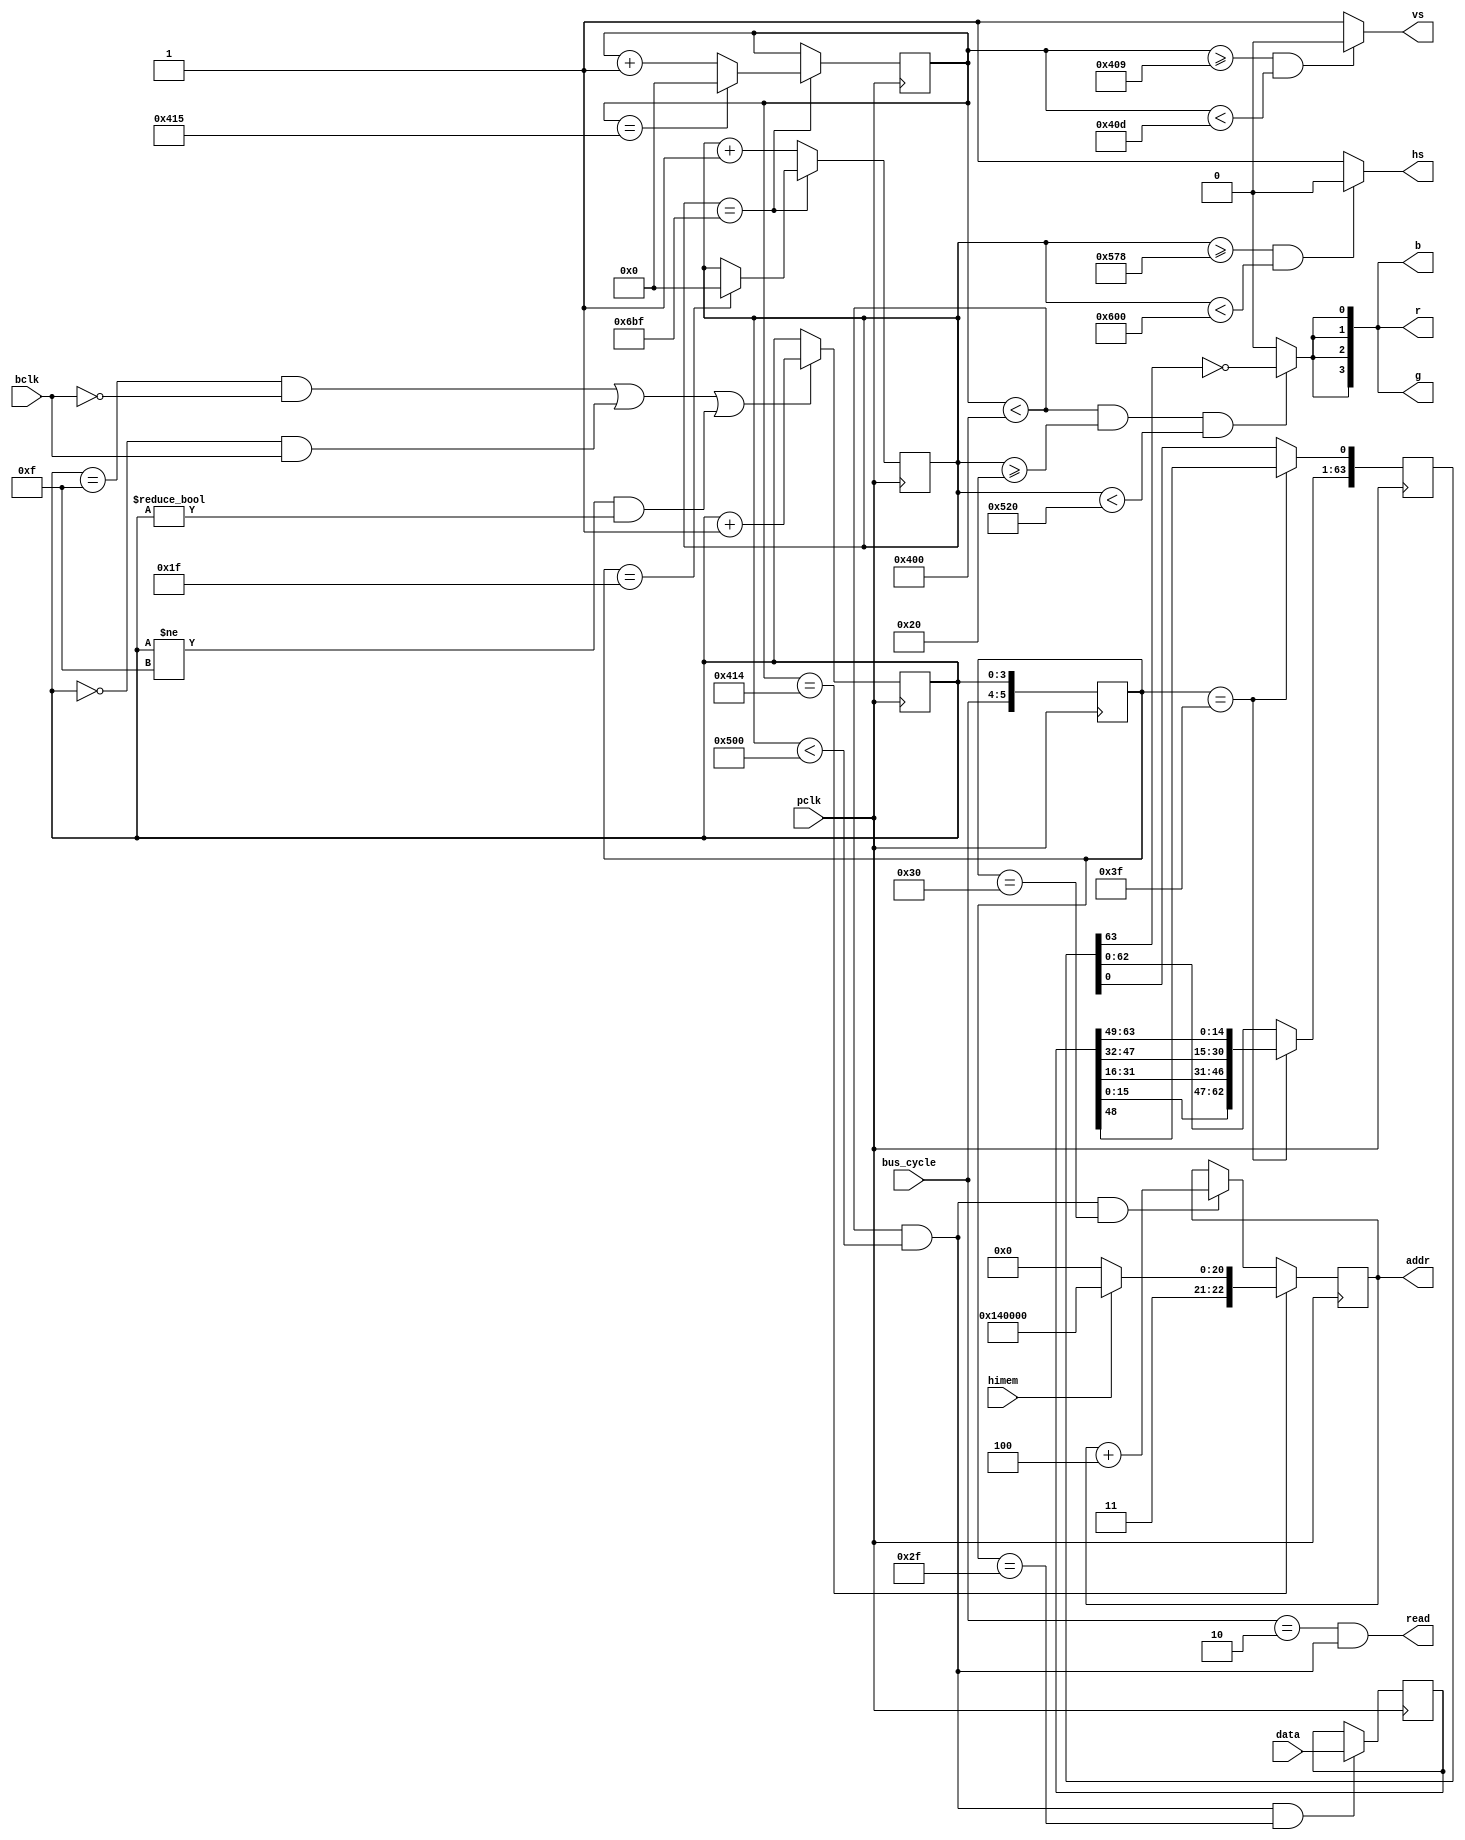
module viking (
	   input 				pclk,     	// 128 MHz pixel clock

		// memory interface
		input 				himem,      // use memory behind rom
	   input 				bclk,     	// 8 MHz bus clock
		input [1:0] 		bus_cycle,	// bus-cycle for bus access sync
		output reg [22:0]	addr,   		// video word address
		output          	read,    	// video read cycle
		input [63:0]    	data,    	// video data read
		
		// VGA output (multiplexed with sm124 output in top level)
	   output 				hs,
	   output 				vs,
	   output [3:0] 		r,
	   output [3:0] 		g,
	   output [3:0] 		b
);

localparam BASE    = 23'h600000;   // c00000
localparam BASE_HI = 23'h740000;   // e80000
		
// total width must be multiple of 64, so video runs synchronous
// to main bus
		
// Horizontal timing
// HBP1 |                    H              | HFP | HS | HBP2
// -----|XXXXXXXXXXXXXXXXXXXXXXXXXXXXXXXXXXX|-----|____|-----
// HBP1 is used for prefetch
	
// 1280x
localparam H    = 1280;
localparam HFP  = 88;
localparam HS   = 136;
localparam HBP1 = 32;
localparam HBP2 = 192;

// Vertical timing
//                     V              | VFP | VS | VBP
// XXXXXXXXXXXXXXXXXXXXXXXXXXXXXXXXXXX|-----|____|-----

// x1024
localparam V    = 1024;
localparam VFP  = 9;
localparam VS   = 4;
localparam VBP  = 9;

assign read = (bus_cycle == 2) && me;  // memory enable can directly be used as a ram read signal

// ---------------------------------------------------------------------------
// --------------------------- internal state counter ------------------------
// ---------------------------------------------------------------------------

reg [3:0] t;
always @(posedge pclk) begin
	// 128 Mhz counter synchronous to 8 Mhz clock
	// force counter to pass state 0 exactly after the rising edge of clk_reg (8Mhz)
	if(((t == 4'd15) && ( bclk == 0)) ||
		((t == 4'd0)  && ( bclk == 1)) ||
		((t != 4'd15) && (t != 4'd0)))
			t <= t + 4'd1;
end

// create internal bus_cycle signal which is stable on the positive clock
// edge and extends the previous state by half a 128 Mhz clock cycle
reg [5:0] bus_cycle_L;
always @(negedge pclk)
	bus_cycle_L <= { bus_cycle, t };


// --------------- horizontal timing -------------
reg[10:0] h_cnt;   // 0..2047
assign hs = ((h_cnt >= HBP1+H+HFP) && (h_cnt < HBP1+H+HFP+HS))?0:1;
always@(posedge pclk) begin
	if(h_cnt==HBP1+H+HFP+HS+HBP2-1) begin
		// make sure a line starts with the "video" bus cyle (0)
		// cpu has cycles 1 and 3
		if(bus_cycle_L == { 2'd1, 4'd15 })
			h_cnt<=0;
	end else
		h_cnt <= h_cnt + 1;
end

// --------------- vertical timing -------------
reg[10:0] v_cnt;   // 0..2047
assign vs = ((v_cnt >= V+VFP) && (v_cnt < V+VFP+VS))?0:1;
always@(posedge pclk) begin
	if(h_cnt==HBP1+H+HFP+HS+HBP2-1) begin
		if(v_cnt==V+VFP+VS+VBP-1)  v_cnt <= 0; 
		else 								v_cnt <= v_cnt+1;
	end
end

reg [63:0] input_latch;
reg [63:0] shift_register;

// ---------------- memory timing ----------------
always@(posedge pclk) begin
	// last line on screen
	if(v_cnt == V+VFP+VS+VBP-2)
		addr <= himem?BASE_HI:BASE;
	else if(me && bus_cycle_L == 6'h30)   // directly after read 
		addr <= addr + 23'd4;              // advance 4 words (64 bits)
		
	if(me && (bus_cycle_L == 6'h2f))
		input_latch <= data;
		
	if(bus_cycle_L == 6'h3f)
		// reorder words 1:2:3:4 -> 4:3:2:1
		shift_register <= 
			{  input_latch[15:0], input_latch[31:16], 
			  input_latch[47:32], input_latch[63:48] };
	else	
		shift_register[63:1] <= shift_register[62:0];
end
 
// memory enable (data is being read from memory)
wire me	= (v_cnt < V)&&(h_cnt < H);	
// display enable (data is being displayed)
wire de	= (v_cnt < V)&&(h_cnt >= HBP1)&&(h_cnt < HBP1+H);	

wire pix = de?(!shift_register[63]):1'b0;

// drive all 12 rgb bits from the data bit
wire [3:0] pix4 = { pix, pix, pix, pix };
assign r = pix4;
assign g = pix4;
assign b = pix4;

endmodule